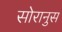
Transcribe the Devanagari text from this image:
सोरानुस